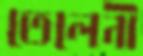
তেলেনী